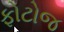
ફોટોજ